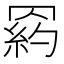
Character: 𦋩